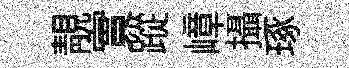
靚實蹤嶂攝琢